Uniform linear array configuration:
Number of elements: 4
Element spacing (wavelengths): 0.5
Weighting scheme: uniform
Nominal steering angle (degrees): -15
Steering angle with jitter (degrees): -14.571
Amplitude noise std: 0.05
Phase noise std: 0.05

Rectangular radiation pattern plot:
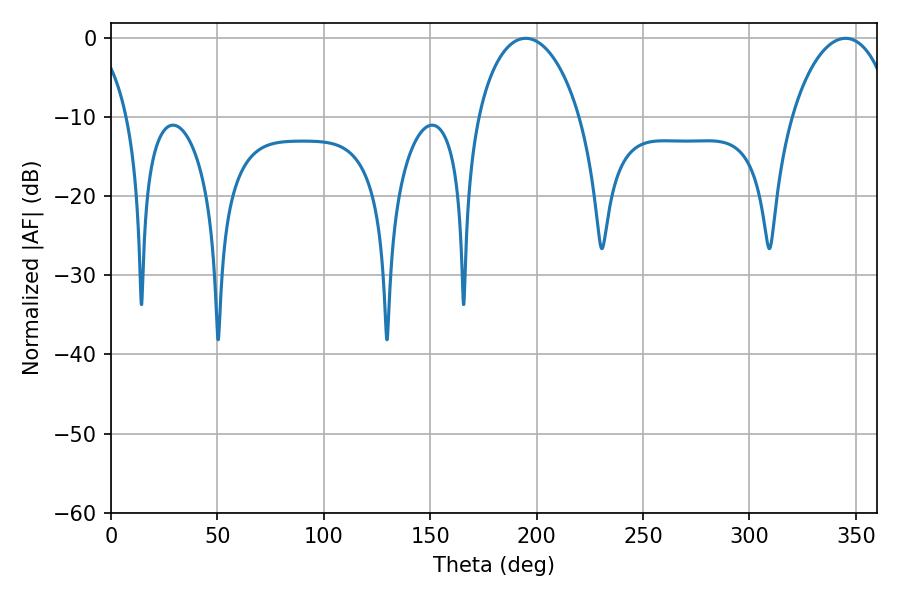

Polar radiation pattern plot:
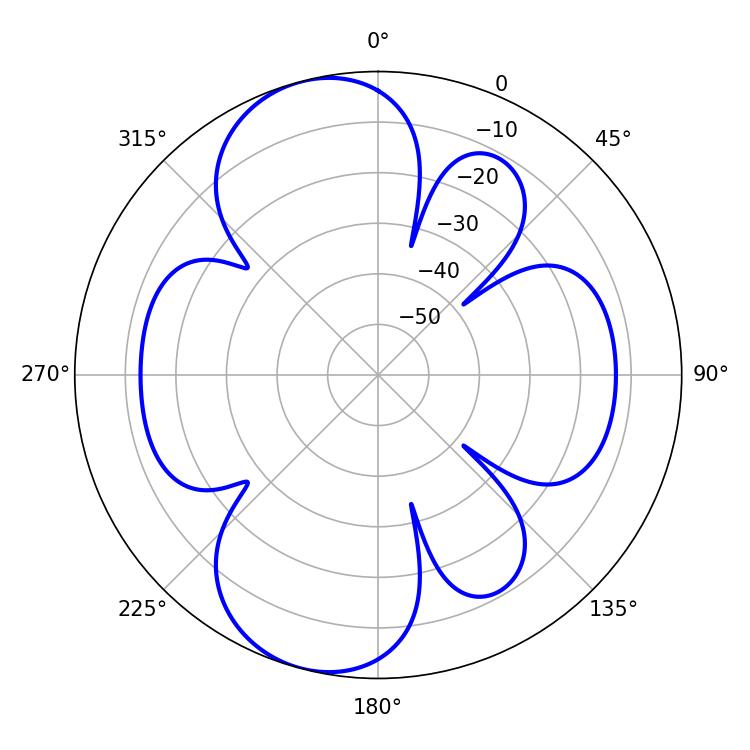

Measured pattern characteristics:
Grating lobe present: FALSE
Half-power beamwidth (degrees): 27.54
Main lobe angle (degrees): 194.76